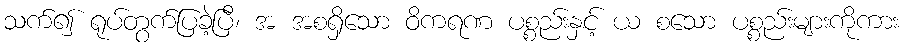
သက်၍ ရုပ်တွက်ပြခဲ့ပြီ၊ အ အစရှိသော ဝိကရဏ ပစ္စည်းနှင့် ယ စသော ပစ္စည်းများကိုကား